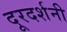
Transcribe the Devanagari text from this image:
दूरदर्शनी